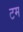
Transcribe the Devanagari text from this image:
टम